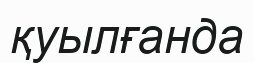
қуылғанда